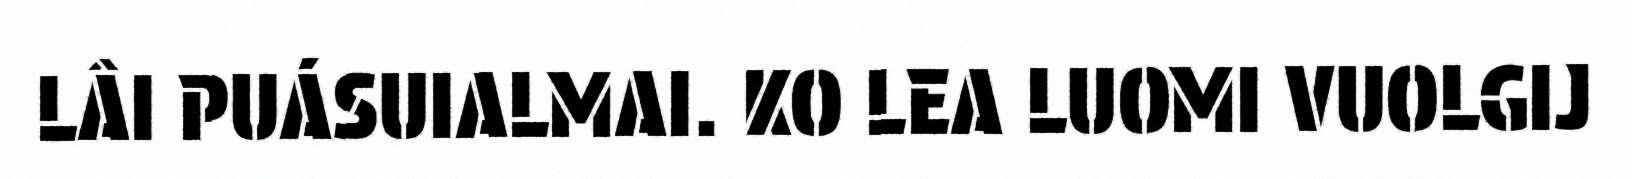
LÂI PUÁSUIALMAI. KO LEA LUOMI VUOLGIJ